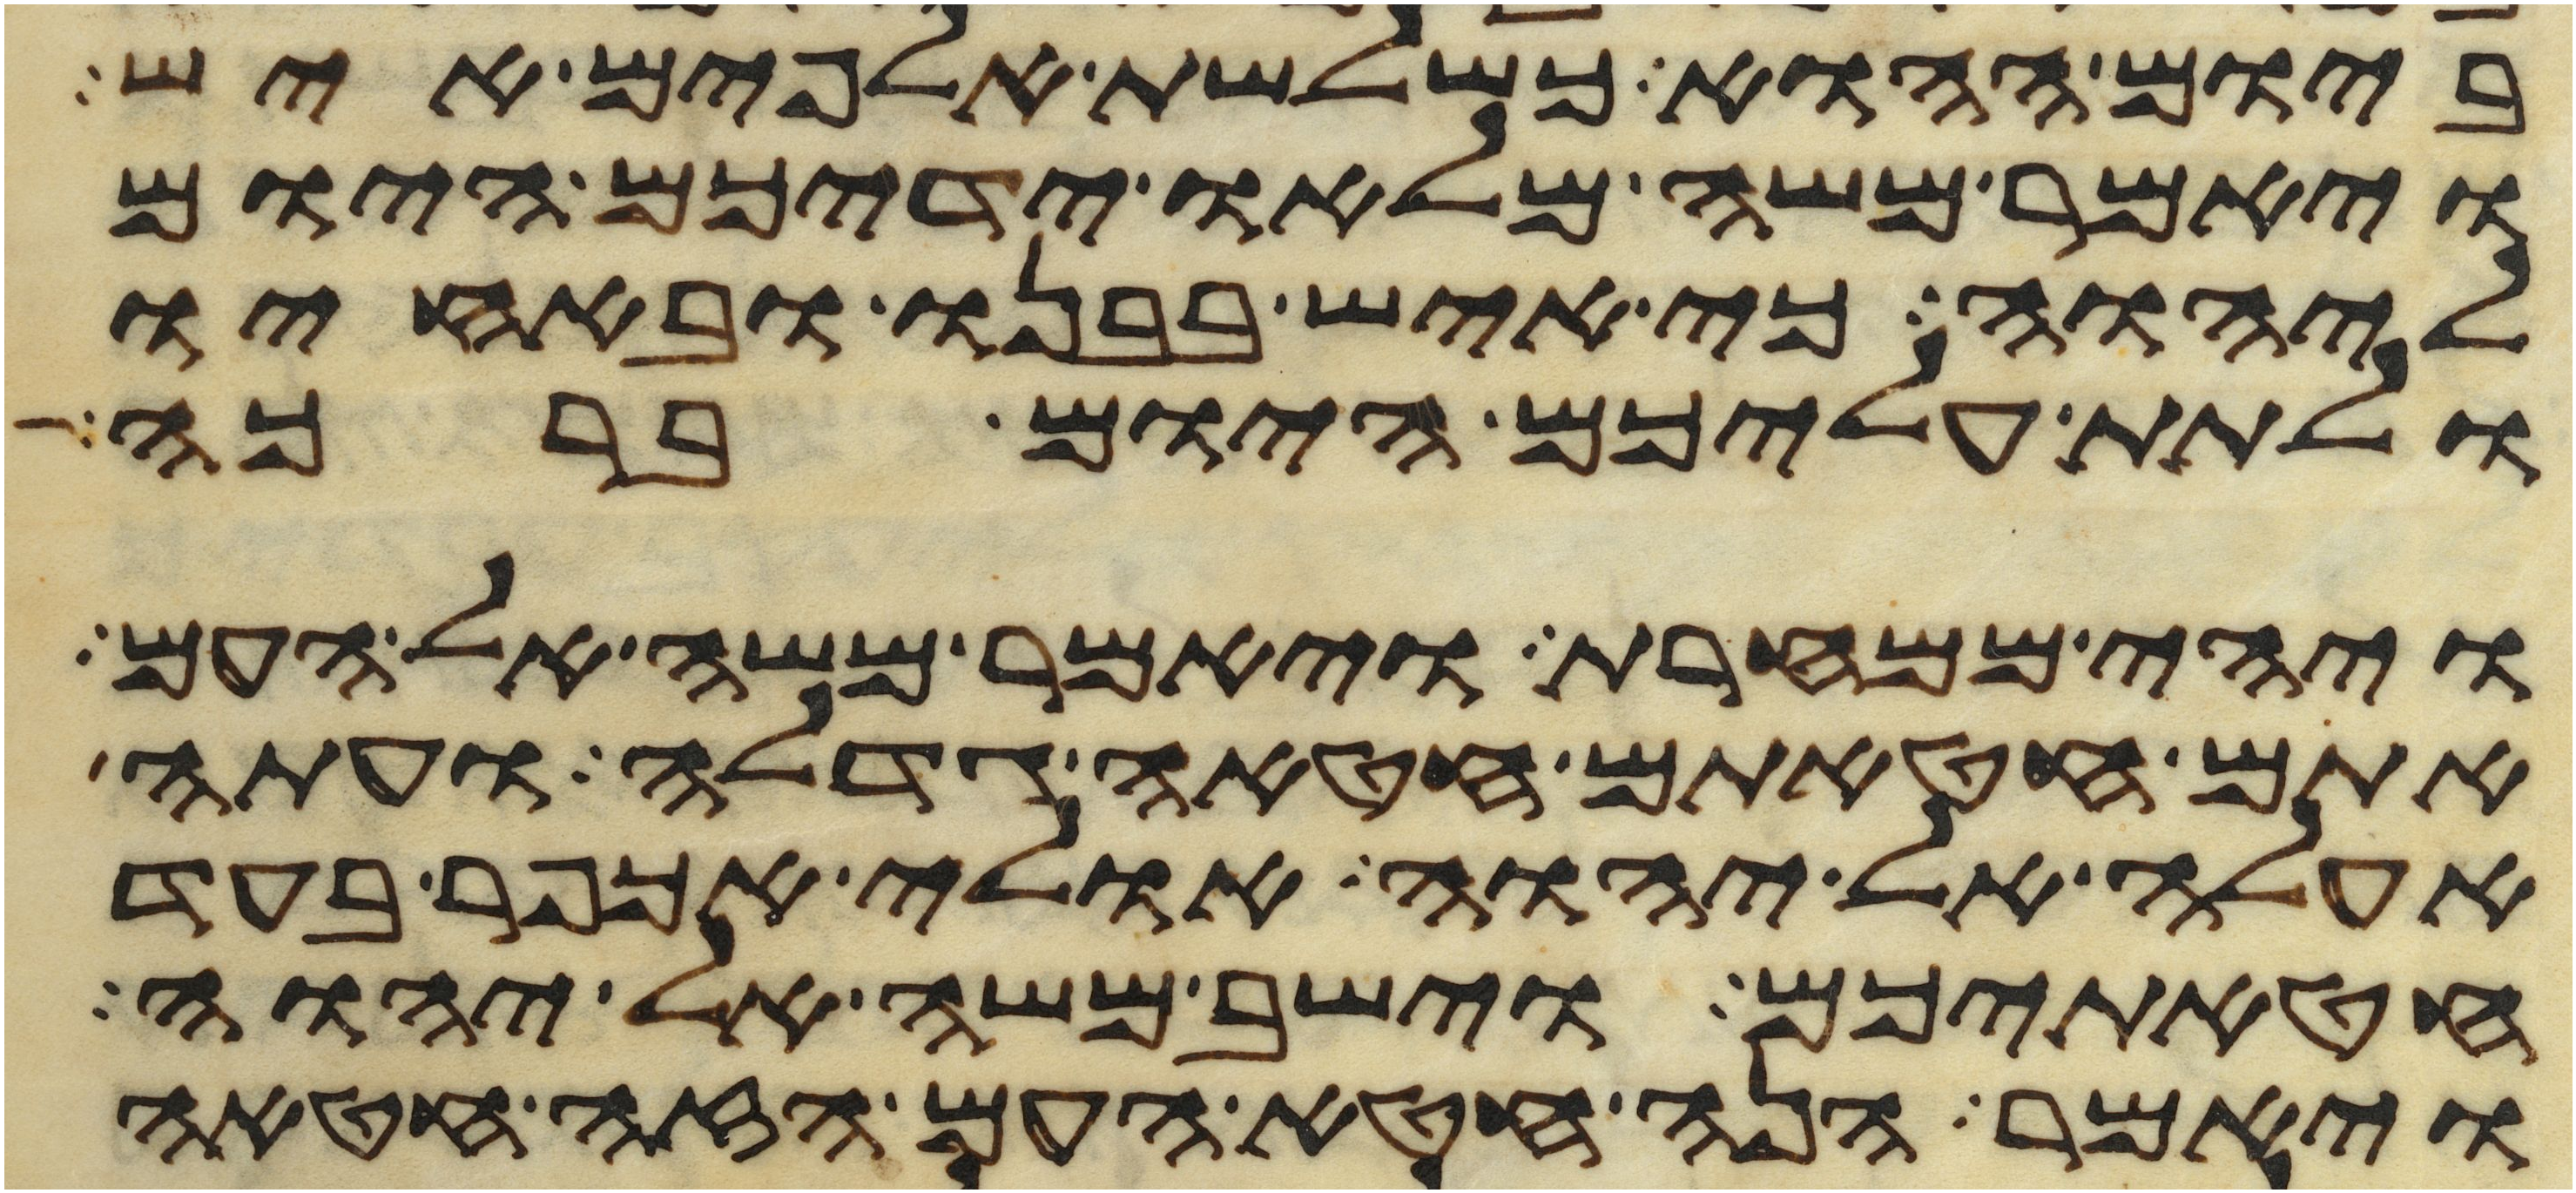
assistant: ביום ההוא כשלשת אלפים איש
ויאמר משה מלאו ידיכם היום
ליהוה כי איש בבנו ובאחיו
ולתת עליכם היום ברכה
ויהי ממחרת ויאמר משה אל העם
אתם חטאתם חטאה גדלה ועתה
אעלה אל יהוה אולי אכפר בעד
חטאתיכם וישב משה אל יהוה
ויאמר הנה חטא העם הזה חטאה